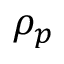
\rho _ { p }